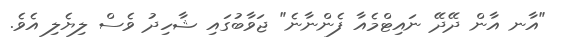
"އާނ އާން ދޭދޭ ނައިޓްމެއާ ފެންނާނެ" ޖަވާބުގައި ޝާހިދު ވެސް ލިޔެލި އެވެ.